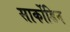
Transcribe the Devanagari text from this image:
सार्कोडिन